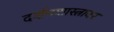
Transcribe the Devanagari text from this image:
दर्शनशास्त्रावर